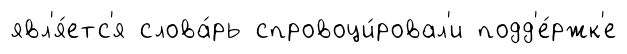
явл'я́етс'я слова́рь спровоци́ровал'и подд'е́ржк'е